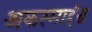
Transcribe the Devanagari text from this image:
अकस्माद्दंड